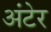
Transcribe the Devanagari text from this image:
अंटेर